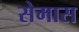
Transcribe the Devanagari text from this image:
सेमास